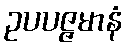
ဥပပဇ္ဇမာနံ